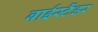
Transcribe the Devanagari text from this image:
बाईस्टैंडर